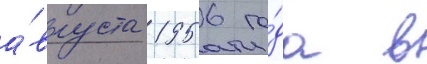
а́вгуста 1956 го́да в